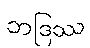
ဘဒြဿ